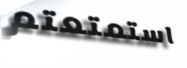
استمتعتم